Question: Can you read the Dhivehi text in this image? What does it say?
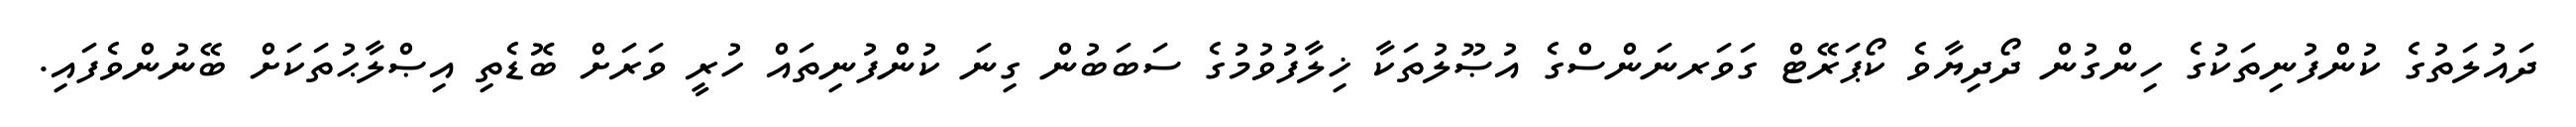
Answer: ދައުލަތުގެ ކުންފުނިތަކުގެ ހިންގުން ދޯދިޔާވެ ކޯޕަރޭޓް ގަވަރނަންސްގެ އުޞޫލުތަކާ ޚިލާފުވުމުގެ ސަބަބުން ގިނަ ކުންފުނިތައް ހުރީ ވަރަށް ބޮޑެތި އިޞްލާޙުތަކަށް ބޭނުންވެފައި.